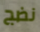
نضج